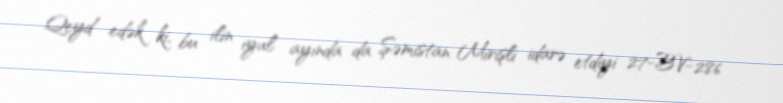
Qeyd edək ki, bu ilin iyul ayında da Şəmistan Mirişli idarə etdiyi 27-BV-286